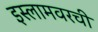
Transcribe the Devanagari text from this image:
इस्लामवरची